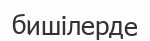
бишілерде